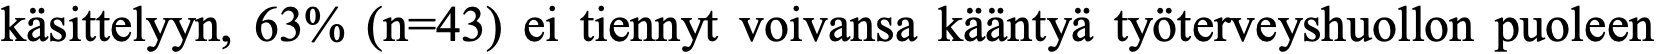
käsittelyyn, 63% (n=43) ei tiennyt voivansa kääntyä työterveyshuollon puoleen